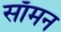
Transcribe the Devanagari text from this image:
साँमन